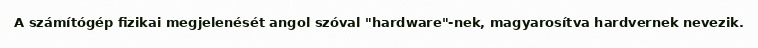
A számítógép fizikai megjelenését angol szóval "hardware"-nek, magyarosítva hardvernek nevezik.